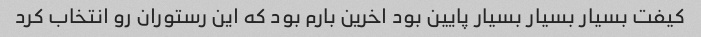
کیفت بسیار بسیار بسیار پایین بود اخرین بارم بود که این رستوران رو انتخاب کرد